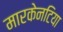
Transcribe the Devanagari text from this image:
मारकेनटिया